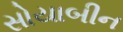
સોયાબીન